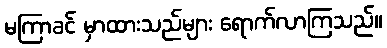
မကြာခင် မှာထားသည်များ ရောက်လာကြသည်။